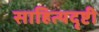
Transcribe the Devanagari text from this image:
साहित्यदृष्टी